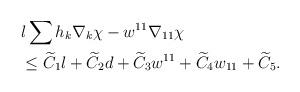
LaTeX: \begin{align*}&l\sum h_{k}\nabla_{k}\chi-w^{11}\nabla_{11}\chi\\&\leq \widetilde{C}_{1}l+\widetilde{C}_{2}d+\widetilde{C}_{3}w^{11}+\widetilde{C}_{4}w_{11}+\widetilde{C}_{5}.\end{align*}